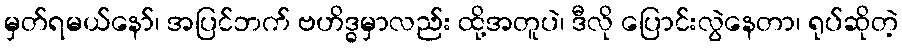
မှတ်ရမယ်နော်၊ အပြင်ဘက် ဗဟိဒ္ဓမှာလည်း ထို့အတူပဲ၊ ဒီလို ပြောင်းလွဲနေတာ၊ ရုပ်ဆိုတဲ့